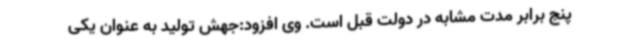
پنج برابر مدت مشابه در دولت قبل است. وی افزود:جهش تولید به عنوان یکی